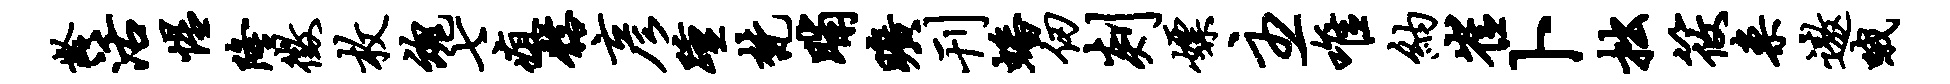
龄活惺隆征枚魂七疽髂彦踵梵晡旷刊蟠仞剡嫖主唯纳崔卜拙筱案遨哦